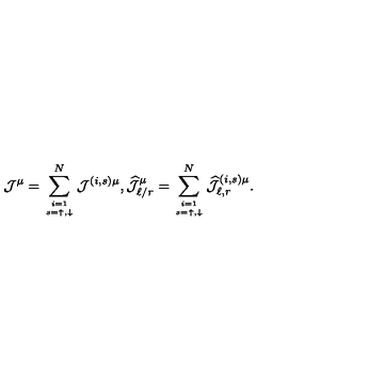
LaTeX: { \mathcal J } ^ { \mu } = \sum _ { i = 1 \atop s = \uparrow , \downarrow } ^ { N } { \mathcal J } ^ { ( i , s ) \mu } , \widehat { { \mathcal J } } _ { \ell / r } ^ { \mu } = \sum _ { i = 1 \atop s = \uparrow , \downarrow } ^ { N } \widehat { { \mathcal J } } _ { \ell , r } ^ { ( i , s ) \mu } .